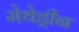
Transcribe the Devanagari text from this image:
मेथेड्रीन